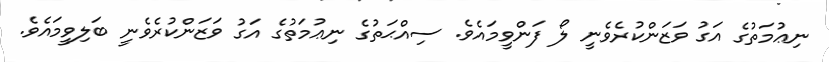
ނިޢުމަތުގެ އަގު ވަޒަންކުރެވެނީ ލޯ ފަންވީމައެވެ. ސިއްޙަތުގެ ނިޢުމަތުގެ އަގު ވަޒަންކުރެވެނީ ބަލިވީމައެވެ.